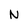
Character: N